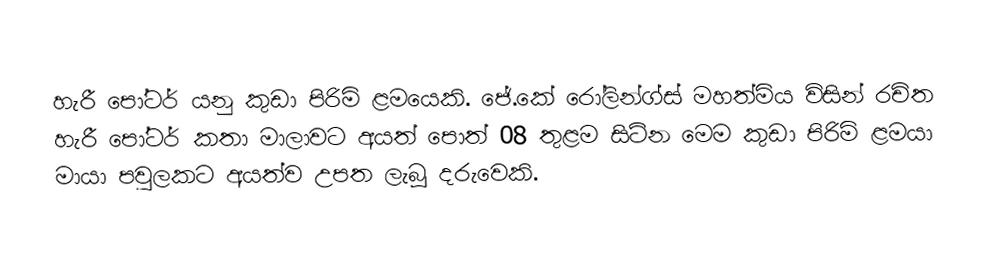
හැරී පෝටර් යනු කුඩා පිරිමි ළමයෙකි. ජේ.කේ රෝලින්ග්ස් මහත්මිය විසින් රචිත හැරී පෝටර් කතා මාලාවට අයත් පොත් 08 තුළම සිටින මෙම කුඩා පිරිමි ළමයා මායා පවුලකට අයත්ව උපත ලැබූ දරුවෙකි.